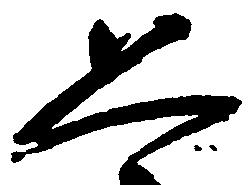
恐